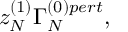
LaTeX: z _ { N } ^ { ( 1 ) } \Gamma _ { N } ^ { ( 0 ) p e r t } ,